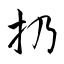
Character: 扔